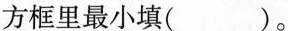
方框里最小填()。